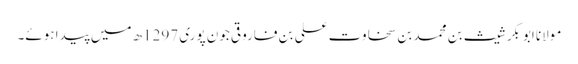
مولانا ابوبکر شیث بن محمد بن سخاوت علی بن فاروقی جون پوری 1297ھ میں پیدا ہوئے۔